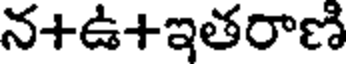
న+ఉ+ఇతరాణి